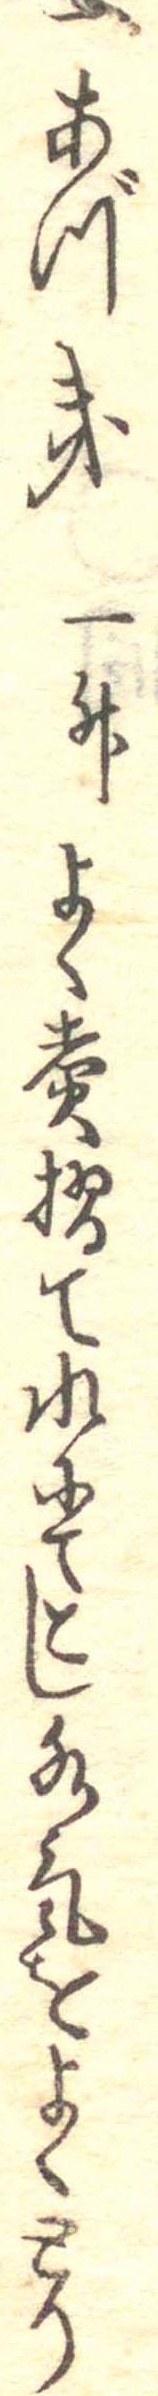
一あづき一升よく煮摺て水にてこし水気をよくとり